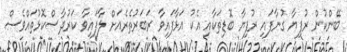
ބޭންކުން ރުފިޔާ ގުނާފައި ރުފިޔާ ބޮޑިތަކާއި އެކު އަޅާފައިވާ ރަބަރުތެރެއަށް ލާފައިވާ ކަރުދާސްކޮޅުތައްވެސް